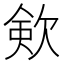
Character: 㰸